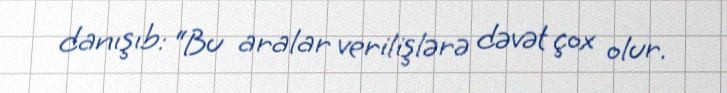
danışıb: “Bu aralar verilişlərə dəvət çox olur.